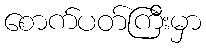
စောက်ပတ်ကြီးမှာ